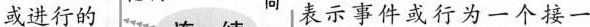
或进行的 表示时间或行为一个接一个